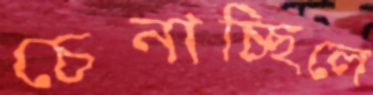
চেনাচ্ছিলে